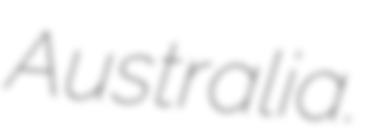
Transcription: Australia.